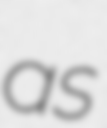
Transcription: as